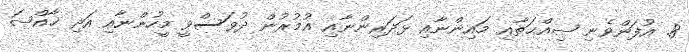
8. އުފަންވެނި ޞިއްޙަތާއި މައިންނާއި ޅަދަރިންނާއި އުމުރުން ދުވަސްވީ މީހުންނާއި އަދި ޚާއްޞަ